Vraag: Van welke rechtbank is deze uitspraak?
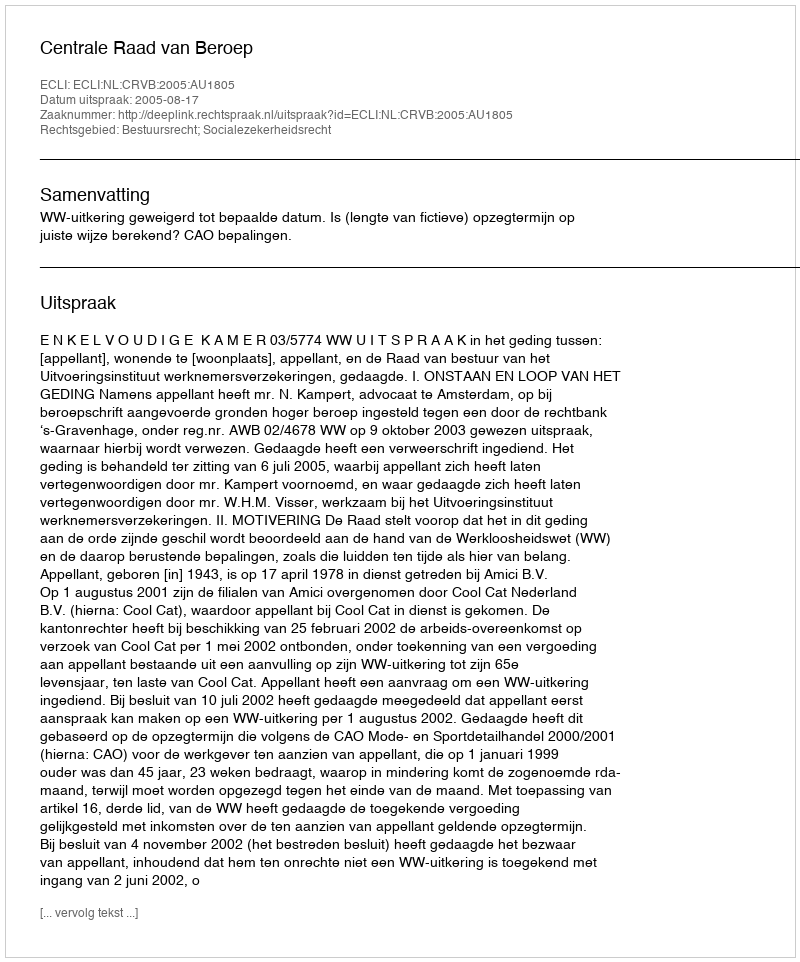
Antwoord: Centrale Raad van Beroep